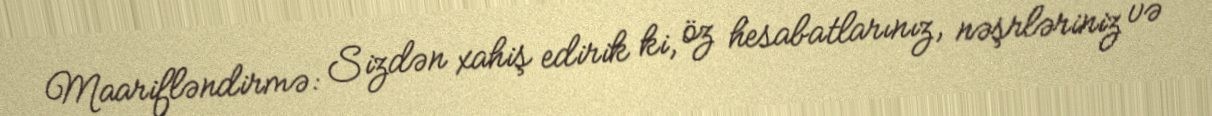
Maarifləndirmə: Sizdən xahiş edirik ki, öz hesabatlarınız, nəşrləriniz və